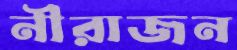
নীরাজন